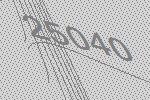
25040